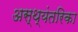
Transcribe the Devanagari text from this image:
अस्थ्यंतरिका